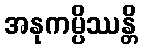
အနုကမ္ပိဿန္တိ